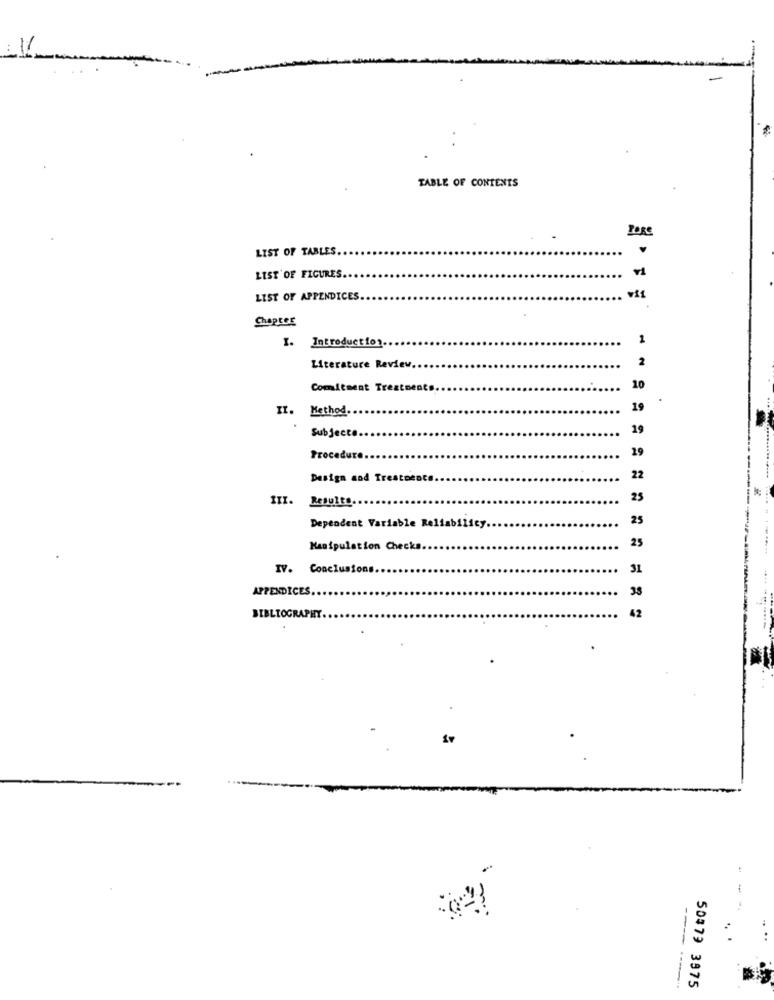
11
TABLE OF CONTENTS
POR
LIST OF TABLES.
v1
LIST OF FIGURES.
LIST OF APPENDICES.
Chapter
I.
Introduction ..
1
2
Literature Review,
Comitment Treated
10
II.
Method.
19
19
Subjecta.
29
Procedure ..
Design aod Treatments
22
III.
Results.
25
25
Dependent Variable Reliability.
25
Manipulation Checks.
IV. Conclusions
31
APPENDICES
38
42
BIBLIOGRAPHY
--
---- ----
50373 3975